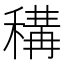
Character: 𥠾